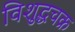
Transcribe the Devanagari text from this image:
विशुद्धचक्र